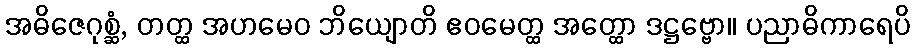
အဓိဇေဂုစ္ဆံ, တတ္ထ အဟမေဝ ဘိယျောတိ ဧဝမေတ္ထ အတ္ထော ဒဋ္ဌဗ္ဗော။ ပညာဓိကာရေပိ